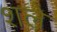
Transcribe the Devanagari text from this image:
शले